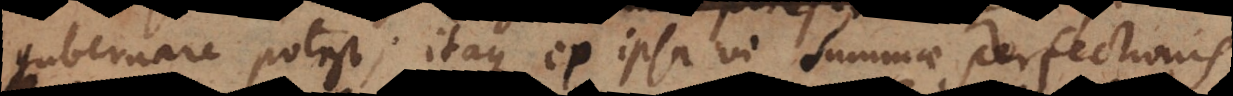
gubernare potest; itaque ex ipsa vi summae perfectionis